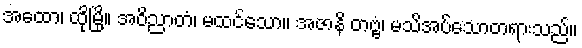
အထော၊ ထိုမြို့။ အဝိညာတံ၊ မထင်သော။ အဇာနိ တဗ္ဗံ၊ မသိအပ်သောတရားသည်။